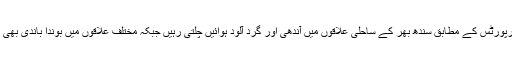
میڈیا رپورٹس کے مطابق سندھ بھر کے ساحلی علاقوں میں آندھی اور گرد آلود ہوائیں چلتی رہیں جبکہ مختلف علاقوں میں بوندا باندی بھی ہوئی ۔